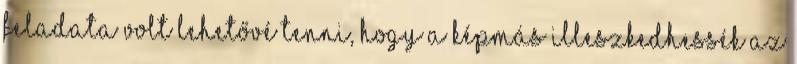
feladata volt lehetővé tenni, hogy a képmás illeszkedhessék az